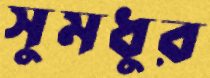
সুমধুর